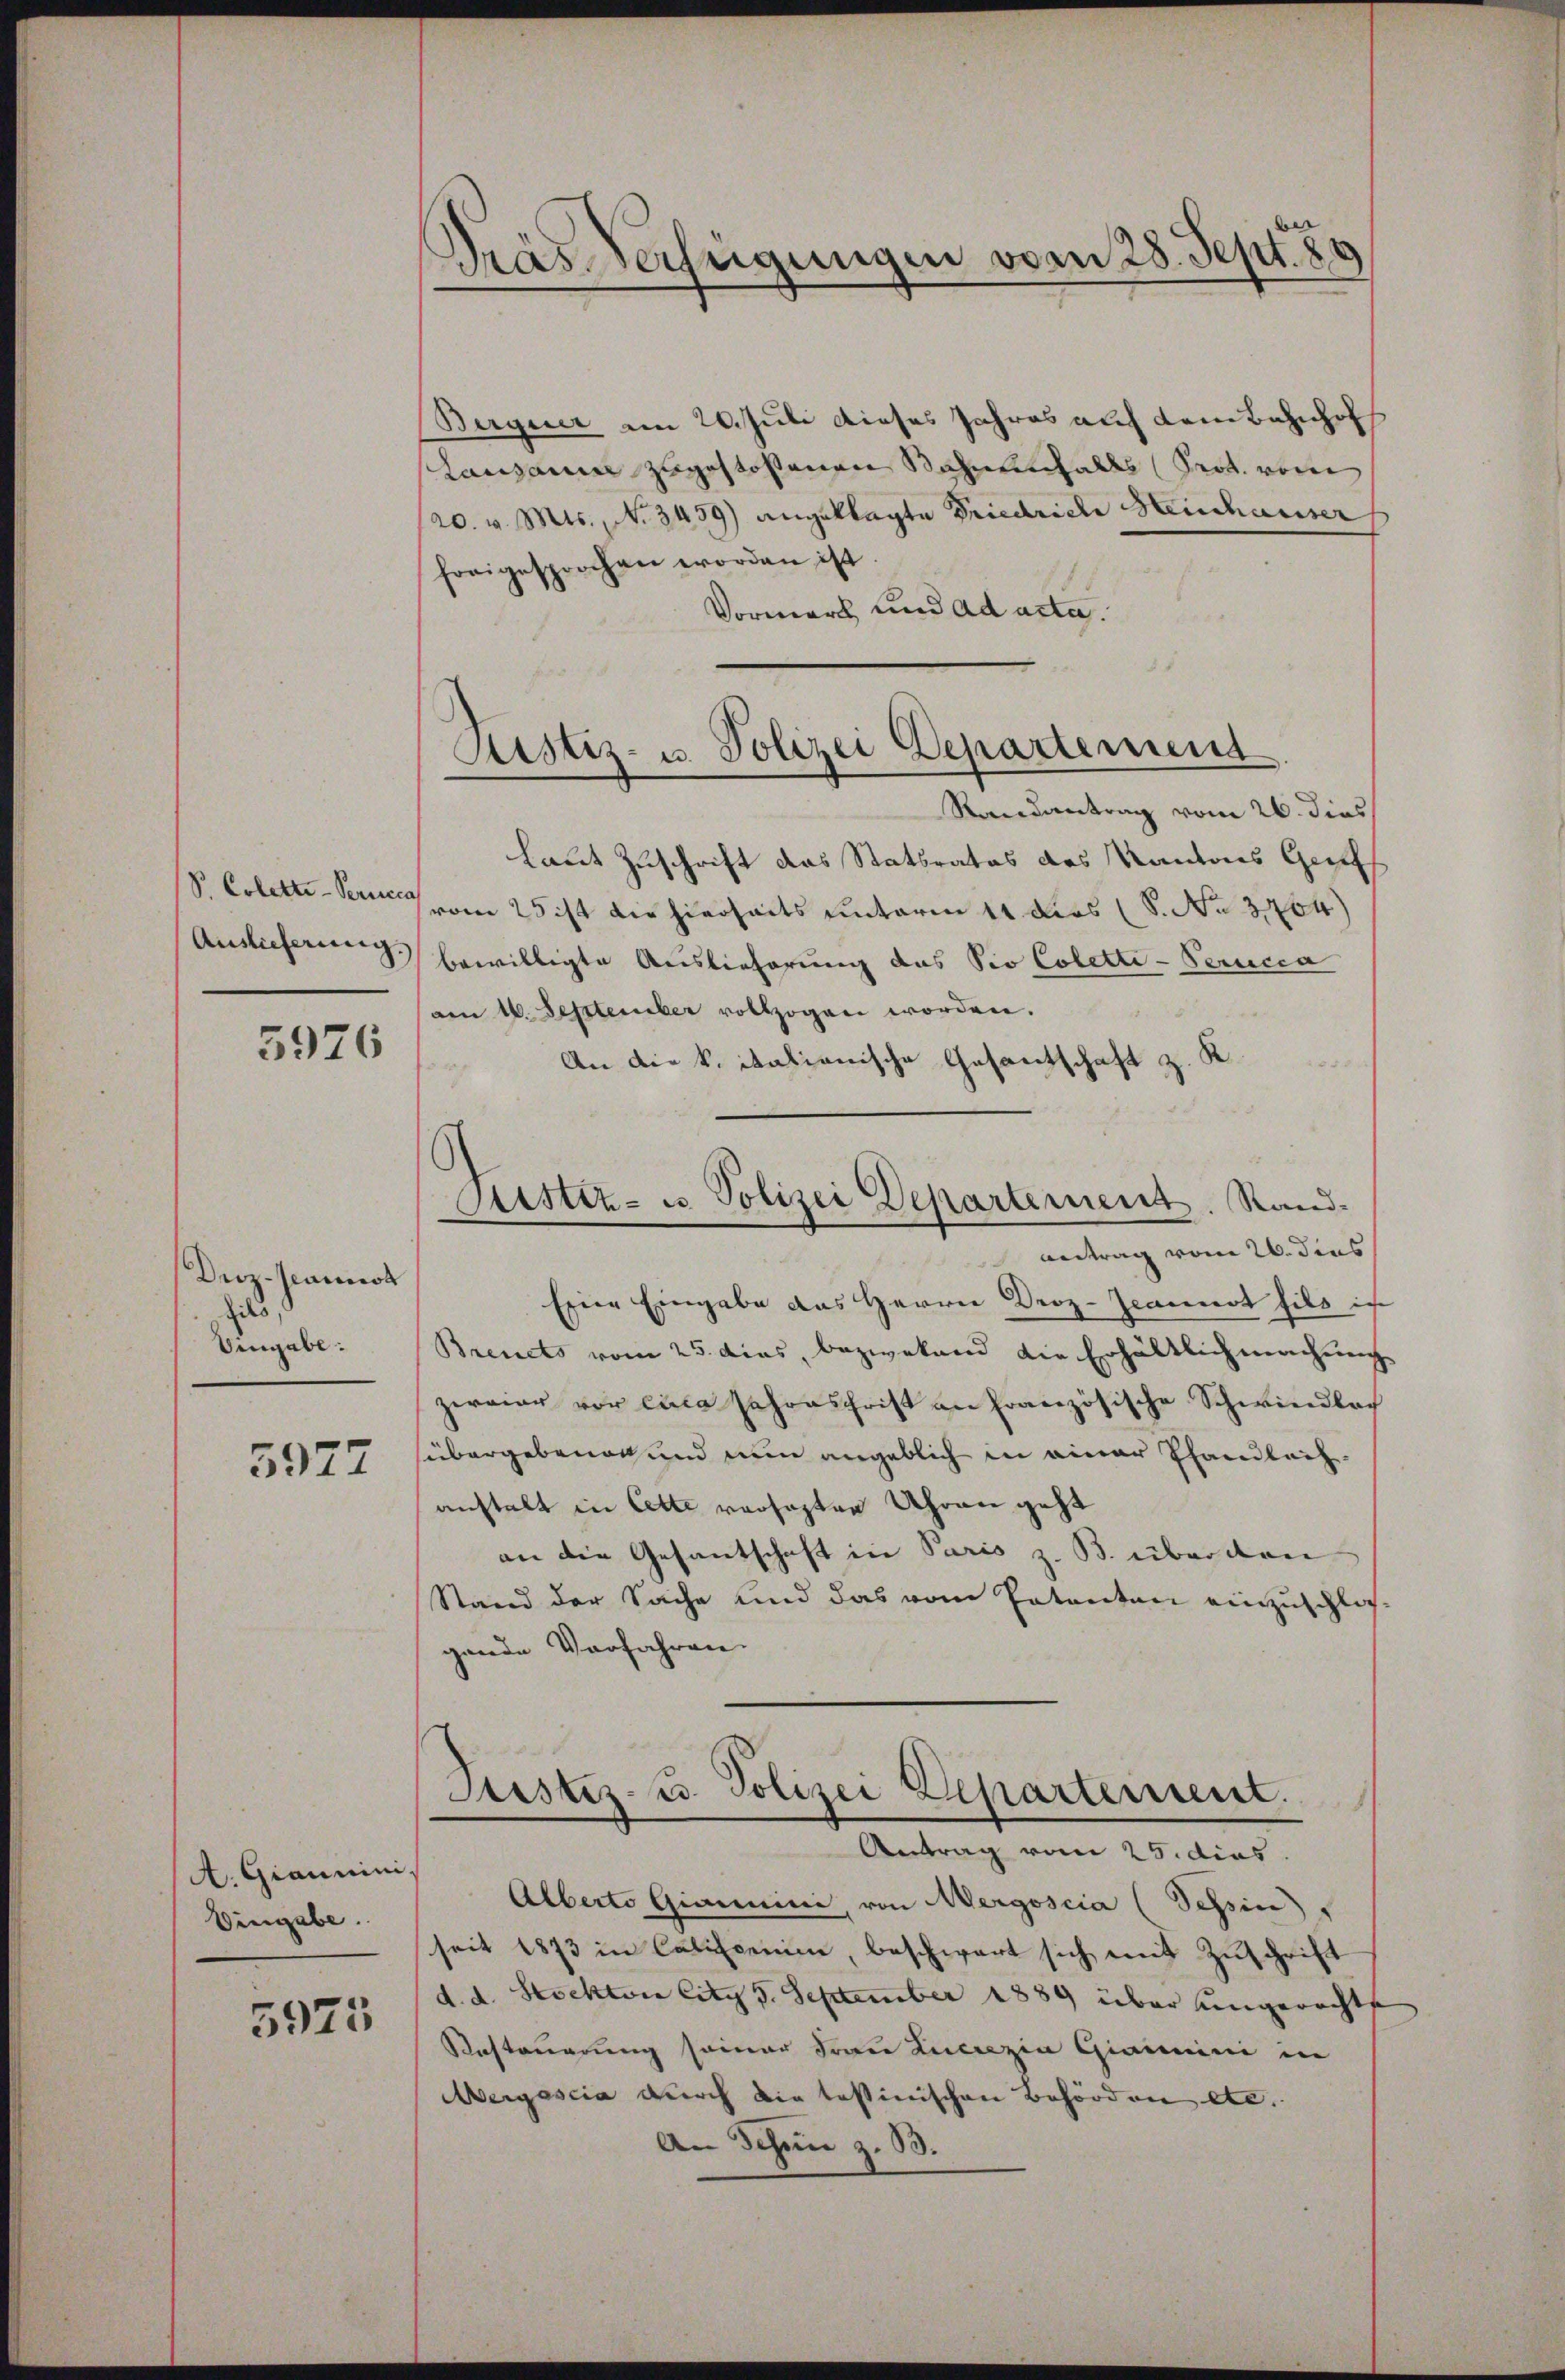
S. Colette Perce

5976

Driz-Jeamirt
ils,
Umgabe:

5977

A. Giannini,
Eingabe.

5975

Das Verfügungen vom 28. Sept. 80

Justiz- u. Polizei Departement

Bergeier am 20. Juli dieses Jahres auf dem Bahnhofs
Lanzaum zugestoßenen Bahnenfalls (Prot. vom
20. v. Mts., No 3459) angeklagte Friedrich Heinhauser
freigesprochen worden ist.
Vormark und ad acta.
Randantrag vom 26. dies
laut Zuschrift das Stattrates des Kantons Genf
vom 25 ist die hierseits unterm 11 dies (S. No 3704)
Auslieferung bewilligte Auslieferung das Sio Coletti-Perucca
am 16. September vollzogen worden.
An die k. itationische Gesantschaft z. K.
Sistiz- u. Polizei Departement. Sand¬
Antrag vom 26. dies
Eier Eingabe das Herrn Droz. Jeannst fils ich
Breuets vom 25. dies, bezwekend die Erhältlich machung
zereier vor circa Jahrschrift an Französische Schwindlach
übergebenen und nun angeblich in einer Phandleih
anstalt in Cette versagten Uhren geht
an die Gesantschaft in Paris z. B. über den
Stand der Sache und das vom Patenten einzuschlic
gende Verfahren.
Justiz- u. Polizei Departement.

Antrag vom 25. dies

Alberto Giaiini, von Mergoscia (Tessin
seit 1873 in Calicenii, beschwert sich mit Zuschrift
d. d. Stockten City 5. September 1889 über ungerechtse
Resteuerung seiner Frau Lucrezia Giammini in
Aergescia durch die tessinischen Behörden etc.
An Schön z. B.